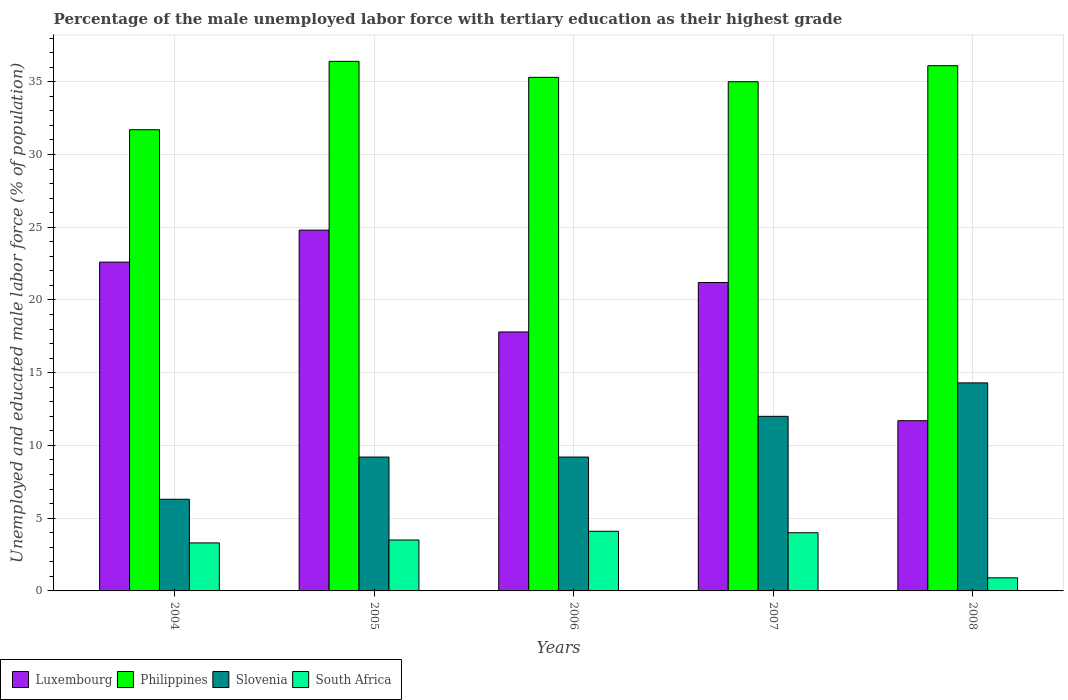
| Years | Luxembourg | Philippines | Slovenia | South Africa |
 | --- | --- | --- | --- | --- |
 | 2004 | 22.6 | 31.7 | 6.3 | 3.3 |
 | 2005 | 24.8 | 36.4 | 9.2 | 3.5 |
 | 2006 | 17.8 | 35.3 | 9.2 | 4.1 |
 | 2007 | 21.2 | 35 | 12 | 4 |
 | 2008 | 11.7 | 36.1 | 14.3 | 0.9 |